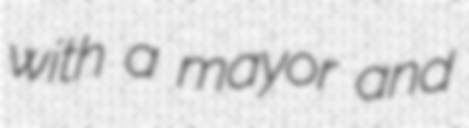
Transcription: with a mayor and